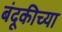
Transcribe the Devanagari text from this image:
बंदूकीच्या